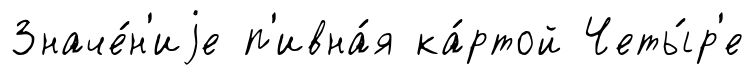
Значе́н'иjе п'ивна́я ка́ртой Четы́р'е